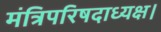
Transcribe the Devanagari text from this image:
मंत्रिपरिषदाध्यक्ष।